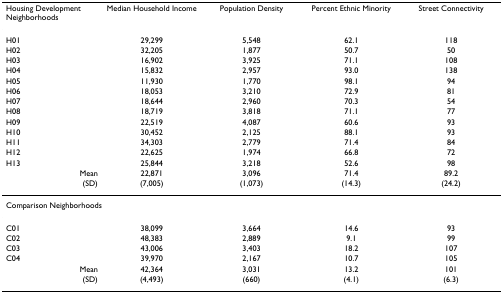
| Housing Development Neighborhoods | Median Household Income | Population Density | Percent Ethnic Minority | Street Connectivity |
 | --- | --- | --- | --- | --- |
 | H01 | 29,299 | 5,548 | 62.1 | 118 |
 | H02 | 32,205 | 1,877 | 50.7 | 50 |
 | H03 | 16,902 | 3,925 | 71.1 | 108 |
 | H04 | 15,832 | 2,957 | 93.0 | 138 |
 | H05 | 11,930 | 1,770 | 98.1 | 94 |
 | H06 | 18,053 | 3,210 | 72.9 | 81 |
 | H07 | 18,644 | 2,960 | 70.3 | 54 |
 | H08 | 18,719 | 3,818 | 71.1 | 77 |
 | H09 | 22,519 | 4,087 | 60.6 | 93 |
 | H10 | 30,452 | 2,125 | 88.1 | 93 |
 | H11 | 34,303 | 2,779 | 71.4 | 84 |
 | H12 | 22,625 | 1,974 | 66.8 | 72 |
 | H13 | 25,844 | 3,218 | 52.6 | 98 |
 | Mean | 22,871 | 3,096 | 71.4 | 89.2 |
 | (SD) | (7,005) | (1,073) | (14.3) | (24.2) |
 | <COLSPAN=5> Comparison Neighborhoods |
 | C01 | 38,099 | 3,664 | 14.6 | 93 |
 | C02 | 48,383 | 2,889 | 9.1 | 99 |
 | C03 | 43,006 | 3,403 | 18.2 | 107 |
 | C04 | 39,970 | 2,167 | 10.7 | 105 |
 | Mean | 42,364 | 3,031 | 13.2 | 101 |
 | (SD) | (4,493) | (660) | (4.1) | (6.3) |